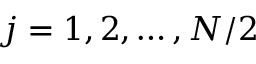
j = 1 , 2 , \dots , N / 2